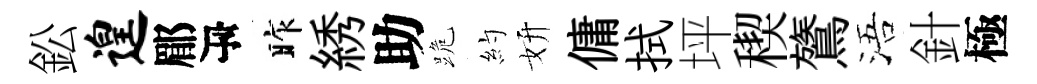
鈆遑郿瓴昨綉助跪約妍傭拭坪稧鷟浯針極